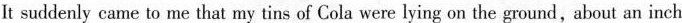
It suddenly came to me that my tins of Cola were lying on the ground,about an inch